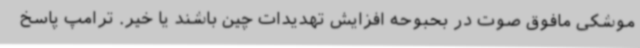
موشکی مافوق صوت در بحبوحه افزایش تهدیدات چین باشند یا خیر. ترامپ پاسخ